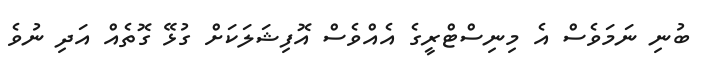
ބުނި ނަމަވެސް އެ މިނިސްޓްރީގެ އެއްވެސް އޮފިޝަލަކަށް ގުޅޭ ގޮތެއް އަދި ނުވެ